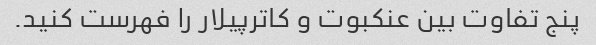
پنج تفاوت بین عنکبوت و کاترپیلار را فهرست کنید.